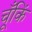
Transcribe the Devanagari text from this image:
चूँकिं